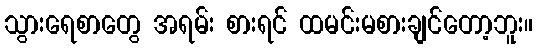
သွားရေစာတွေ အရမ်း စားရင် ထမင်းမစားချင်တော့ဘူး။